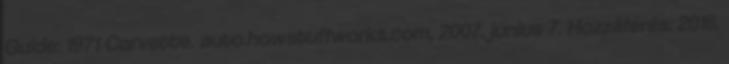
Guide: 1971 Corvette. auto.howstuffworks.com, 2007. június 7. Hozzáférés: 2016.